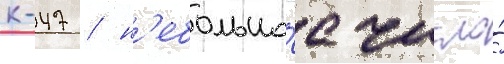
к-47 / н'ебольшо́е число́